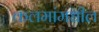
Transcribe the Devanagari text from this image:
कलमांमधील